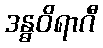
ဒန္ဓဝိရာဂီ